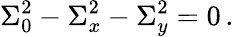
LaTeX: \Sigma_{0}^{2}-\Sigma_{x}^{2}-\Sigma_{y}^{2}=0\, .